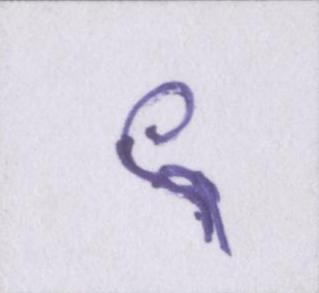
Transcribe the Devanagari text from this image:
९